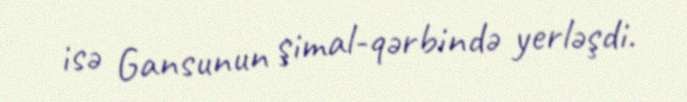
isə Gansunun şimal-qərbində yerləşdi.